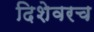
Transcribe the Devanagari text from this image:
दिशेवरच